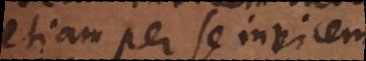
etiam per se invicem